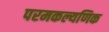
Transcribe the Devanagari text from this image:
परमकल्यणिक